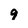
Character: 9